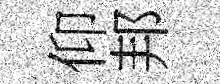
仰邦